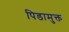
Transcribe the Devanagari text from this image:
पिडामुक्त